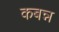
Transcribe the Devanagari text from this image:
कबन्न